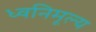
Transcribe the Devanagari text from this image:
ध्वनिमूल्य